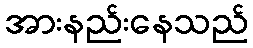
အားနည်းနေသည်